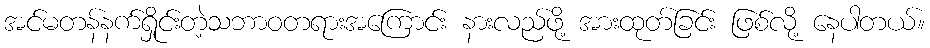
အင်မတန်နက်ရှိုင်းတဲ့သဘာဝတရားအကြောင်း နားလည်ဖို့ အားထုတ်ခြင်း ဖြစ်လို့ နေပါတယ်။